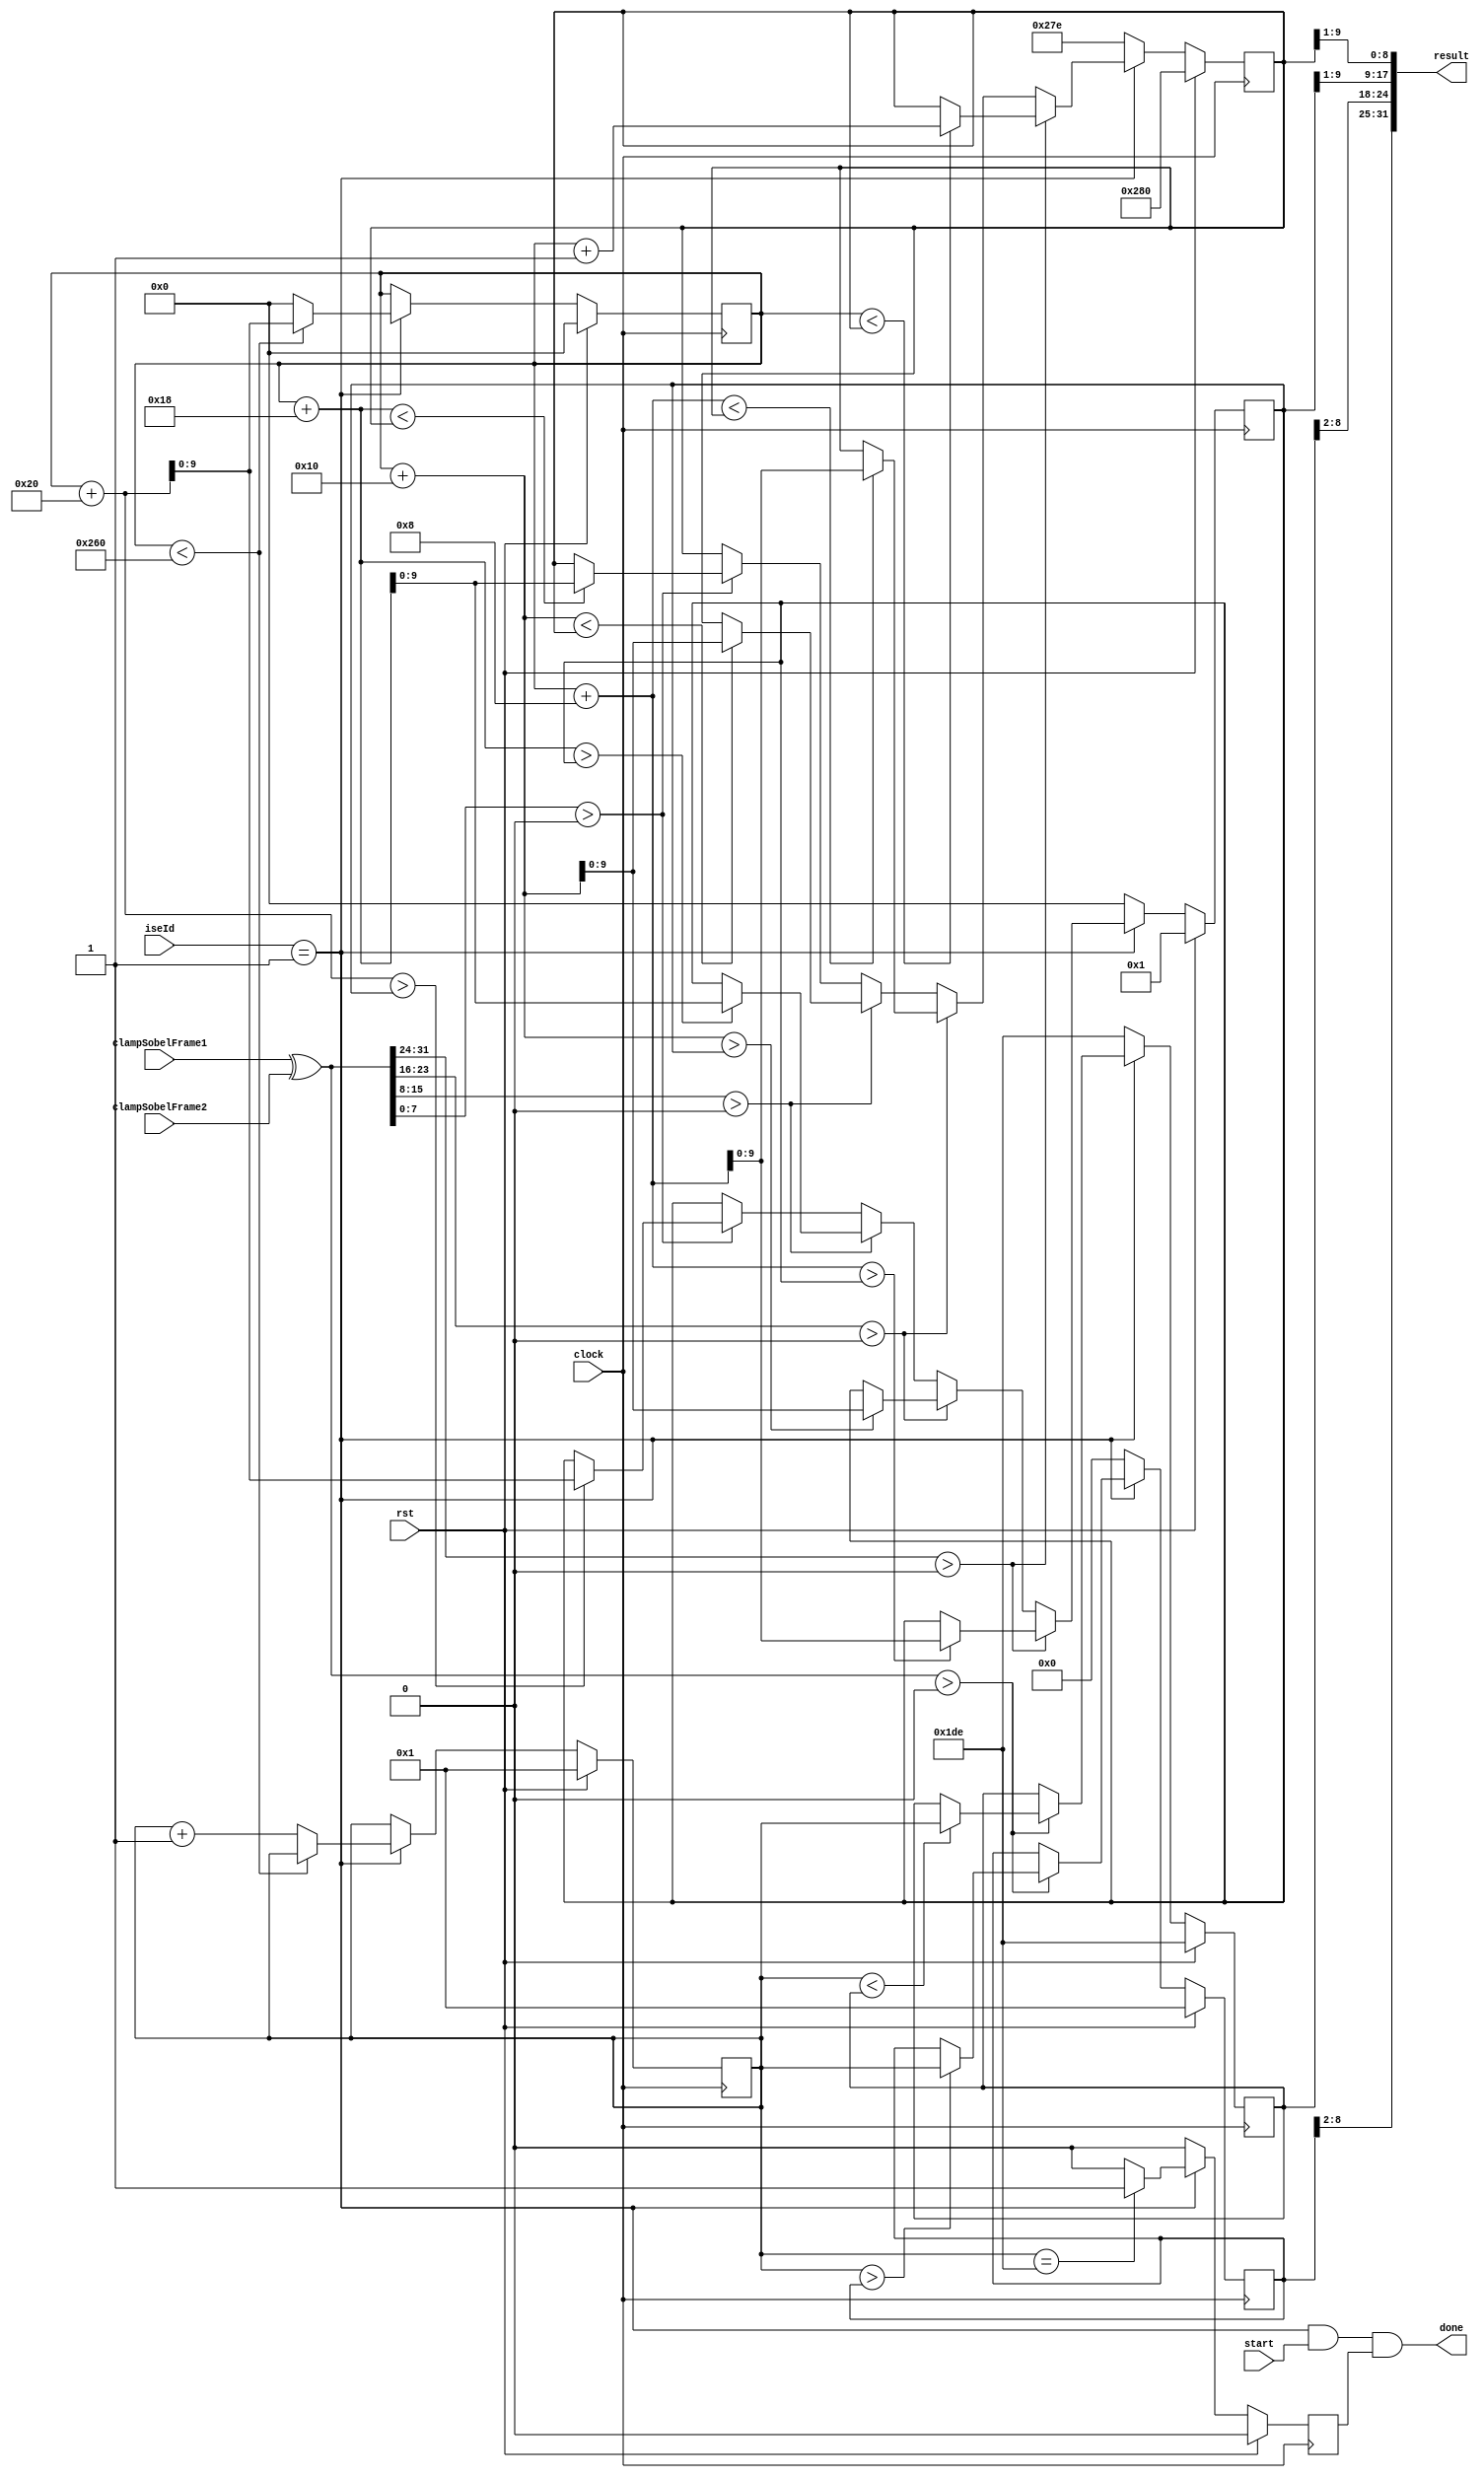
module motionDetect #(
    parameter [7:0] computeId = 8'd1,
    parameter [7:0] computeReturnId = 8'd1 // Differ to sobelCi ID
) (
  //  input wire clk,
    input wire clock,
    input wire rst,
    input wire start,
    input wire [31:0] clampSobelFrame1,  // clampSobel for previous frame 
    input wire [31:0] clampSobelFrame2,  // clampSobel for current frame
    input wire [7:0] iseId,
    output wire done,
    output wire [31:0] result
);

    wire isComputeInstr = iseId == computeId;
    wire isComputeReturnInstr = iseId == computeReturnId;

    // Calculate the difference between two frames
    wire [31:0] motionDetect = clampSobelFrame1 ^ clampSobelFrame2;

    wire [7:0] motion1 = motionDetect[7:0];
    wire [7:0] motion2 = motionDetect[15:8];
    wire [7:0] motion3 = motionDetect[23:16];
    wire [7:0] motion4 = motionDetect[31:24];

    // Initialize the boundaries
    
    reg [9:0] minX = 10'd640; 
    reg [9:0] maxX = 10'd1; 
    reg [8:0] minY = 9'd478;  
    reg [8:0] maxY = 9'd1;  
    reg [9:0] currentX = 0;  
    reg [8:0] currentY = 0;

    reg doneReg = 0;  
    always @(posedge clock) begin
        if (rst) begin
            minX <= 10'd640;
            maxX <= 10'd1;
            minY <= 9'd478;
            maxY <= 9'd1;
            currentX <= 0;
            currentY <= 1;
            doneReg <= 0;

        end else if (isComputeInstr) begin
            if (motion4 > 0) begin // left 8 pixels
                if (currentX < minX) 
                    minX <= currentX + 1; // incase of 0
                if (currentX + 8 > maxX) 
                    maxX <= currentX + 8;
            end else if (motion3 > 0) begin // left 8-16 pixels
                if (currentX +8 < minX) 
                    minX <= currentX +8;
                if (currentX + 16 > maxX) 
                    maxX <= currentX + 16;
            end else if (motion2 > 0) begin // left 16-24 pixels
                if (currentX + 16 < minX) 
                    minX <= currentX +16;
                if (currentX + 24 > maxX) 
                    maxX <= currentX + 24;
            end else if (motion1 > 0) begin // left 24-32 pixels
                if (currentX + 24 < minX) 
                    minX <= currentX + 24;
                if (currentX + 32 > maxX) 
                    maxX <= currentX + 32;
            end
             
            if (motionDetect > 0) begin
                if (currentY < minY) 
                    minY <= currentY;

                if (currentY > maxY) 
                    maxY <= currentY;
            end

            if (currentX < 608) begin 
                currentX <= currentX + 32;
            end else begin
                currentX <= 0;
                currentY <= currentY + 1;
            end

            // Check if we have processed all pixels
            if (currentY == 478) begin
                doneReg <= 1;
            end else begin
                doneReg <= 0;
            end

        end else begin
            doneReg <= 0;
            minX <= 10'd638;
            maxX <= 10'd0;
            minY <= 9'd478;
            maxY <= 9'd0;
        end
    end
    
    // Output max and min X and Y coordinates as the final output
    wire [31:0] resultReg = { maxY[8:2], minY[8:2], maxX[9:1], minX[9:1]}; 
    assign done = (isComputeInstr || isComputeReturnInstr) && start && doneReg;
  //  assign result = isComputeReturnInstr ? resultReg : 32'd0;
    assign result = resultReg ;
endmodule